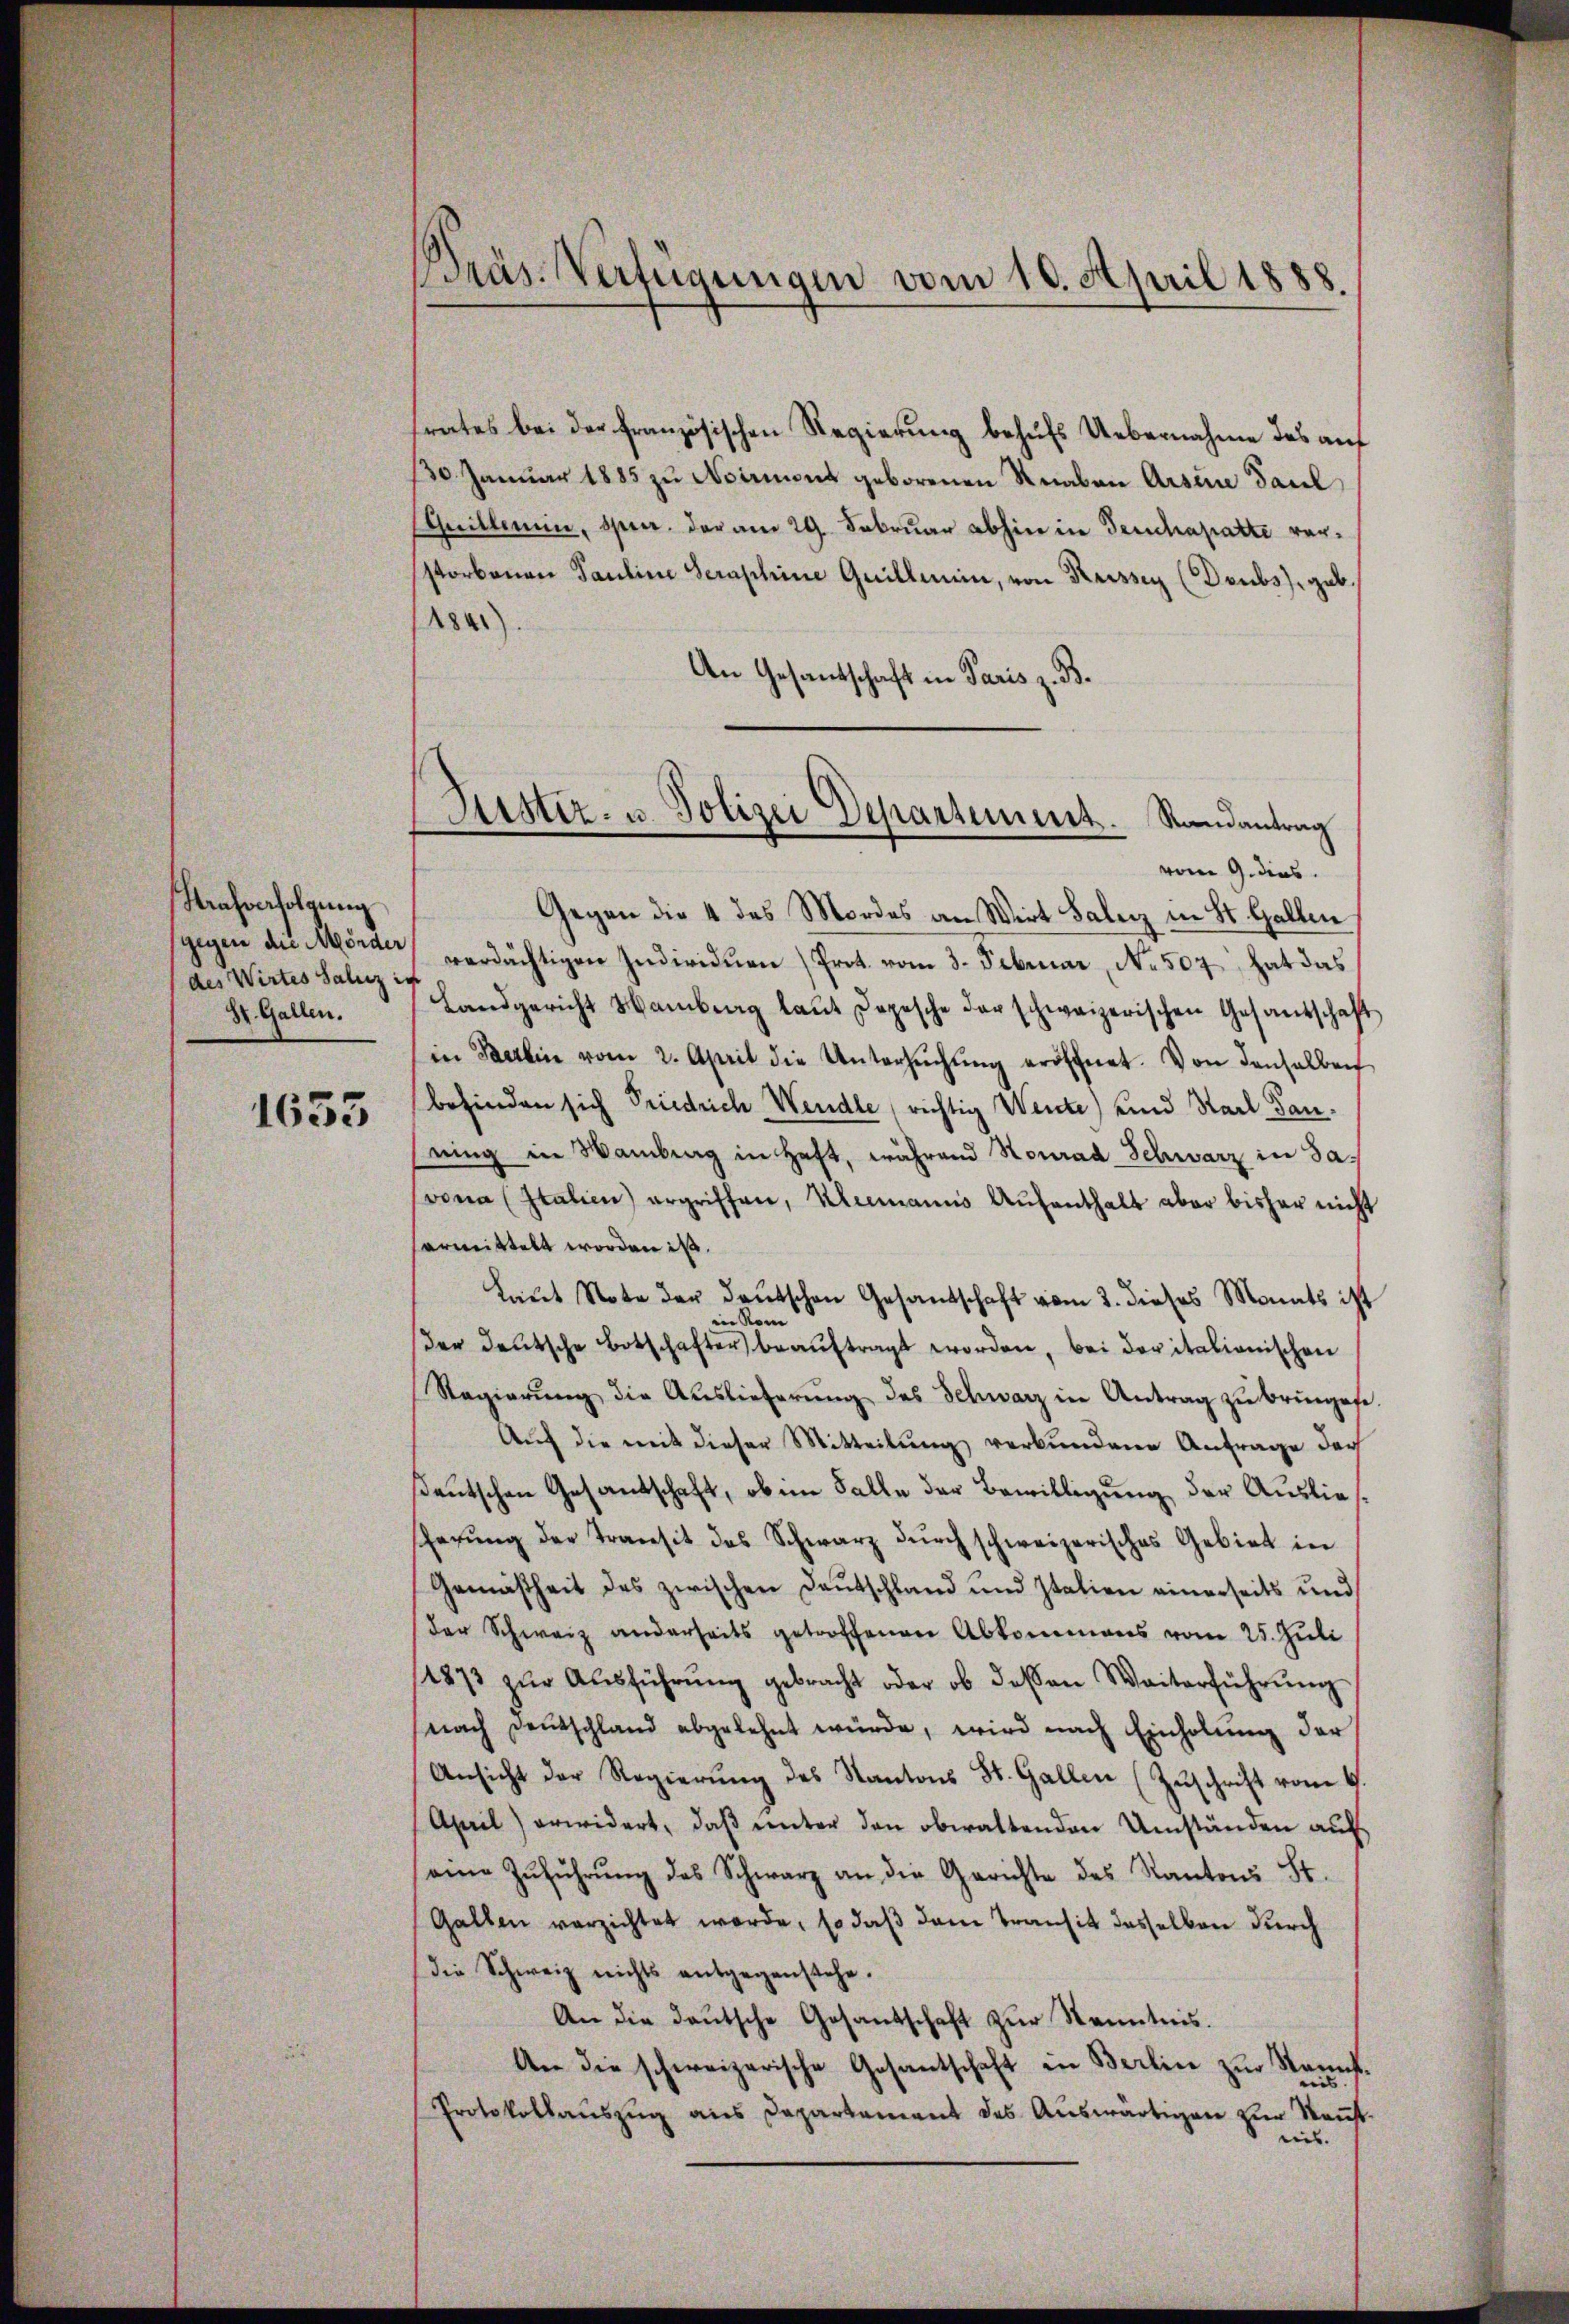
Strafverfolgung
gegen die Mörder
St. Gallen.

1633

Prás-Verfügungen vom 10. April 1888

trates bei der französischen Regierung behufs Uebernahme des auf
130. Januar 1885 zu Niemand geborenen Knaben Arsene Paul
Guillemin, spec. der am 29. Februar abhin in Teuchapatte versstorbenen Pauline Seraphine Guillein, von Kusser (Doubs), gab.
1841
An Gesandschaft in Paris z. B.
vom 9. dies
Gegen die 4 des Mordes an Wirt Saler in St. Gallen
des Wirtes Saler " verdächtigen Individuen Prot. vom 3. Februar, No. 507 hat das
Landgericht Hamberg laŭt Dopesche der schweizerischen Gesandschaft
in Berlin vom 2. April die Untersŭchŭng eröffnet. Von denselben
befinden sich Friedrich Wendte richtig Wente) und Stadt Panning in Wamburg in Haft, während Konrad Schwarz in Savona (Italien) ergriffen, Klimanns Aufenthalt aber bisher nicht
harmittelt worden ist.
Laut Note der deutschen Gesandschaft vom 3. dieses Monats ist
in Kom
Der Deutsche Botschafter beaŭftragt worden, bei der italionischen
Regierŭng die Auslieferŭng des Schwarz in Antrag zu bringete.
Auf die mit dieser Mitteilung verbundene Anfrage der
ßdeutschen Gesandschaft, ob im Falle der Bewilligung der Ausliefscherŭng der Transit des Schwarz dŭrch schweizerisches Gebiet in
Gemäsheit des zwischen Deutschland und Italien einerseits und
der Schweiz anderseits getroffenen Abkommens vom 25. Juli
(1873 zŭr Aŭsführŭng gebracht oder ob deßen Weiterführŭng
nach Deutschland abgelehnt würde, wird nach Einholŭng der
Ansicht der Regierŭng des Kantons St. Gallen (Zŭschrift vom 6.
(April) erwidert, daβ ŭnter den obwaltenden Umständen aŭf
eine Zŭführŭng des Schwarz an die Gerichte des Kantons St.
Gallen verzichtet werde, so daß dem Transit dasselben durch
die Schweiz nichts entgegenstehe.
An die deutsche Gesantschaft zur Kenntnis.
An die schweizerische Gesantschaft in Berlin zur Kennt.
es
Protokollauszug aus Departament des Auswärtigen zur Rentnis.

Ritter- u. Polizei Departement. Randantrag